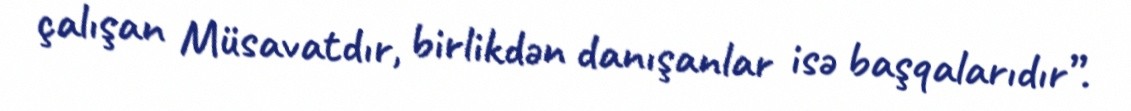
çalışan Müsavatdır, birlikdən danışanlar isə başqalarıdır”.